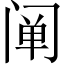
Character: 阐